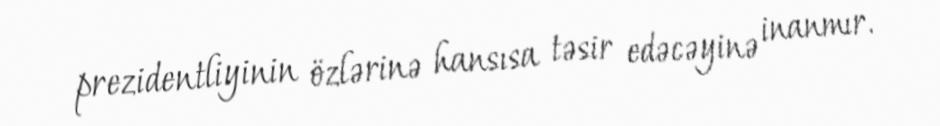
prezidentliyinin özlərinə hansısa təsir edəcəyinə inanmır.